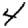
Digit: 4